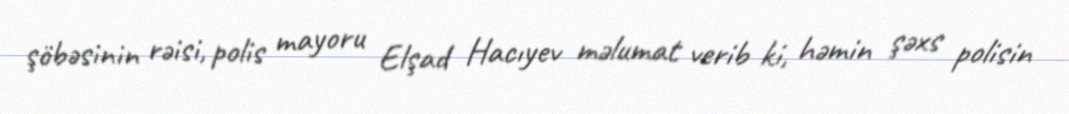
şöbəsinin rəisi, polis mayoru Elşad Hacıyev məlumat verib ki, həmin şəxs polisin